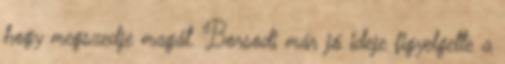
hogy megszedje magát. Borsodi már jó ideje figyelgette a